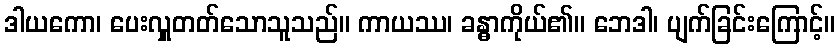
ဒါယကော၊ ပေးလှူတတ်သောသူသည်။ ကာယဿ၊ ခန္ဓာကိုယ်၏။ ဘေဒါ၊ ပျက်ခြင်းကြောင့်။